Civil Veterinary Department. United Provinces 1912-22 - 1912-1922
Year: 1912
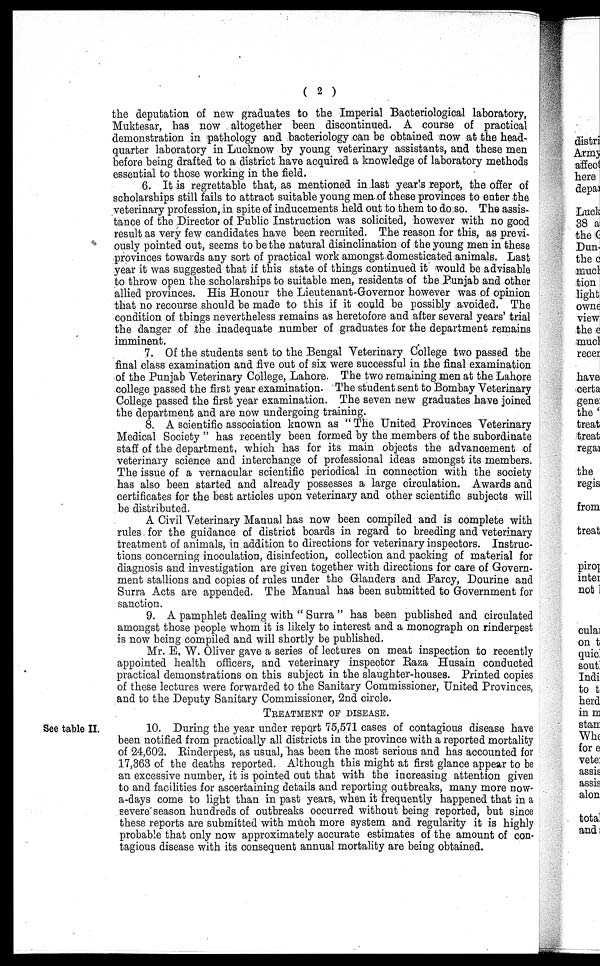
( 2 )
the deputation of new graduates to the Imperial Bacteriological laboratory,
Muktesar, has now altogether been discontinued. A course of practical
demonstration in pathology and bacteriology can be obtained now at the head-
quarter laboratory in Lucknow by young veterinary assistants, and these men
before being drafted to a district have acquired a knowledge of laboratory methods
essential to those working in the field.
6. It is regrettable that, as mentioned in last year's report, the offer of
scholarships still fails to attract suitable young men of these provinces to enter the
veterinary profession, in spite of inducements held out to them to do so. The assis-
tance of the Director of Public Instruction was solicited, however with no good
result as very few candidates have been recruited. The reason for this, as previ-
ously pointed out, seems to be the natural disinclination of the young men in these
provinces towards any sort of practical work amongst domesticated animals. Last
year it was suggested that if this state of things continued it would be advisable
to throw open the scholarships to suitable men, residents of the Punjab and other
allied provinces. His Honour the Lieutenant-Governor however was of opinion
that no recourse should be made to this if it could be possibly avoided. The
condition of things nevertheless remains as heretofore and after several years' trial
the danger of the inadequate number of graduates for the department remains
imminent.
7. Of the students sent to the Bengal Veterinary College two passed the
final class examination and five out of six were successful in the final examination
of the Punjab Veterinary College, Lahore. The two remaining men at the Lahore
college passed the first year examination. The student sent to Bombay Veterinary
College passed the first year examination. The seven new graduates have joined
the department and are now undergoing training.
8. A scientific association known as "The United Provinces Veterinary
Medical Society " has recently been formed by the members of the subordinate
staff of the department, which has for its main objects the advancement of
veterinary science and interchange of professional ideas amongst its members.
The issue of a vernacular scientific periodical in connection with the society
has also been started and already possesses a large circulation. Awards and
certificates for the best articles upon veterinary and other scientific subjects will
be distributed.
A Civil Veterinary Manual has now been compiled and is complete with
rules for the guidance of district boards in regard to breeding and veterinary
treatment of animals, in addition to directions for veterinary inspectors. Instruc-
tions concerning inoculation, disinfection, collection and packing of material for
diagnosis and investigation are given together with directions for care of Govern-
ment stallions and copies of rules under the Glanders and Farcy, Dourine and
Surra Acts are appended. The Manual has been submitted to Government for
sanction.
9. A pamphlet dealing with "Surra" has been published and circulated
amongst those people whom it is likely to interest and a monograph on rinderpest
is now being compiled and will shortly be published.
Mr. E. W. Oliver gave a series of lectures on meat inspection to recently
appointed health officers, and veterinary inspecter Raza Husain conducted
practical demonstrations on this subject in the slaughter-houses. Printed copies
of these lectures were forwarded to the Sanitary Commissioner, United Provinces,
and to the Deputy Sanitary Commissioner, 2nd circle.
TREATMENT OF DISEASE.
See table II.
10. During the year under report 75,571 cases of contagious disease have
been notified from practically all districts in the province with a reported mortality
of 24,602. Rinderpest, as usual, has been the most serious and has accounted for
17,363 of the deaths reported. Although this might at first glance appear to be
an excessive number, it is pointed out that with the increasing attention given
to and facilities for ascertaining details and reporting outbreaks, many more now-
a-days come to light than in past years, when it frequently happened that in a
severe season hundreds of outbreaks occurred without being reported, but since
these reports are submitted with much more system and regularity it is highly
probable that only now approximately accurate estimates of the amount of con-
tagious disease with its consequent annual mortality are being obtained.